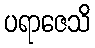
ပရာဇေသိ